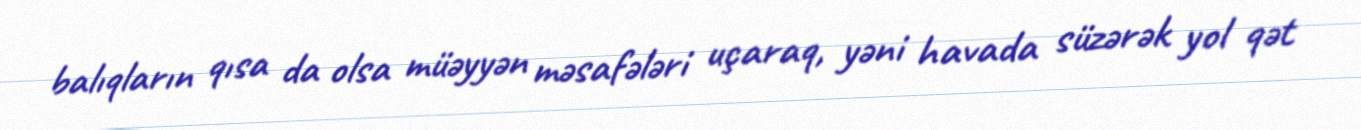
balıqların qısa da olsa müəyyən məsafələri uçaraq, yəni havada süzərək yol qət